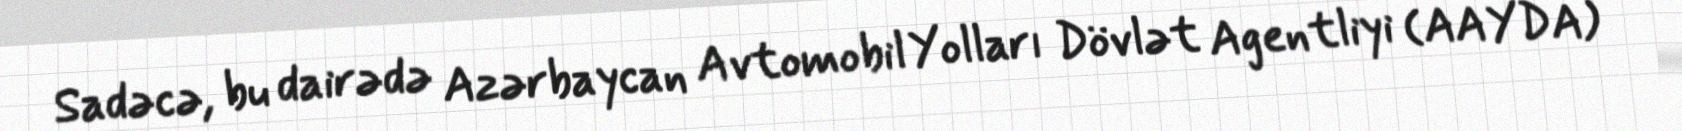
Sadəcə, bu dairədə Azərbaycan Avtomobil Yolları Dövlət Agentliyi (AAYDA)